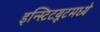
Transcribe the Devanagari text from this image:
इन्स्टिटय़ूटमध्ये